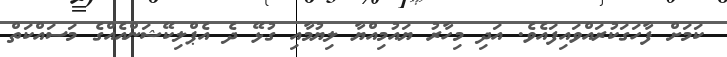
ކަމަށް ފާހަގަކުރައްވައިފައެވެ. އަދި މިހާރު ޔައުމިއްޔާ ލިޔުމާއި ގުޅޭ ދެ އެޕްލިކޭޝަންއެއްގެ މަސައްކަތް